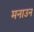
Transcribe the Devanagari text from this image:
मनाउन